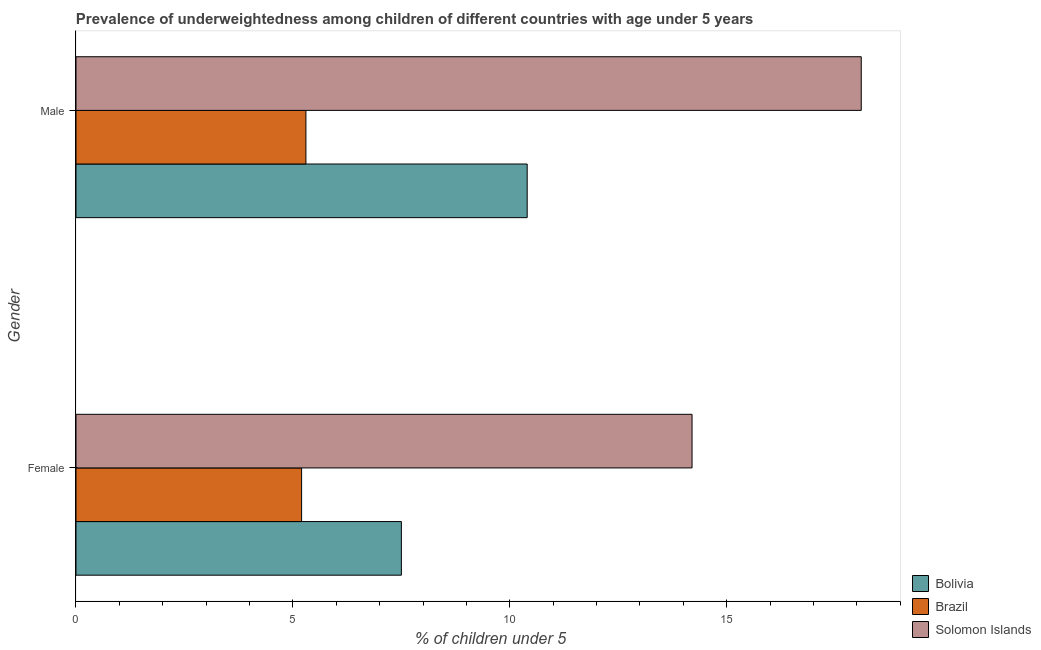
| Gender | Bolivia | Brazil | Solomon Islands |
 | --- | --- | --- | --- |
 | Female | 7.5 | 5.2 | 14.2 |
 | Male | 10.4 | 5.3 | 18.1 |